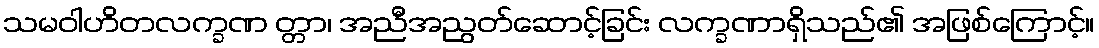
သမဝါဟိတလက္ခဏ တ္တာ၊ အညီအညွတ်ဆောင့်ခြင်း လက္ခဏာရှိသည်၏ အဖြစ်ကြောင့်။